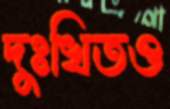
দুঃখিতও